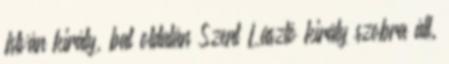
István király, bal oldalán Szent László király szobra áll.